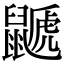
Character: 鼶